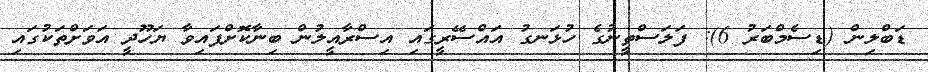
ޑަބްލިން (ޑިސެމްބަރު 6): ފަލަސްތީނުގެ ހުޅަނގު އައްސޭރީގައި އިސްރާއީލުން ބިނާކޮށްފައިވާ ޔަހޫދީ އަވަށްތަކުގައި